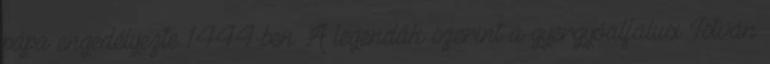
pápa engedélyezte 1444-ben. A legendák szerint a gyergyóalfalusi István